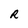
Character: R